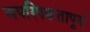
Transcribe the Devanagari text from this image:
अपरिपक्वतापूर्ण